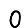
Digit: 0